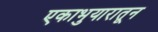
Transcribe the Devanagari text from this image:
एकाभुयारातून